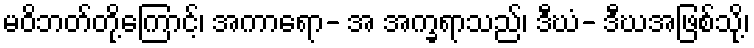
မဝိဘတ်တို့ကြောင့်၊ အကာရော- အ အက္ခရာသည်၊ ဒီဃံ- ဒီဃအဖြစ်သို့၊